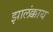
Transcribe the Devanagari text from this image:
झालंक्काय